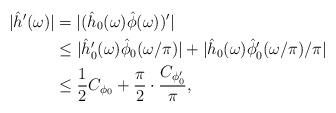
LaTeX: \begin{align*}| \hat{h}'(\omega)|&=|(\hat{h}_0(\omega)\hat{\phi}(\omega))'| \\ &\leq |\hat{h}_0'(\omega)\hat\phi_0(\omega/\pi)|+|\hat{h}_0(\omega)\hat{\phi}_0'(\omega/\pi)/\pi| \\ &\leq \frac{1}{2}C_{\phi_0}+\frac{\pi}{2}\cdot \frac{C_{\phi_0'}}{\pi}, \end{align*}